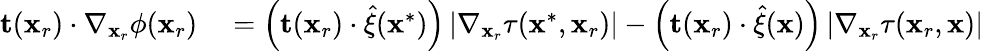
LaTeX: \begin{array}{rl}{\mathbf{t}(\mathbf{x}_{r})\cdot\nabla_{\mathbf{x}_{r}}\phi(\mathbf{x}_{r})}&{{}=\left(\mathbf{t}(\mathbf{x}_{r})\cdot\widehat{\mathbf{\xi}}(\mathbf{x}^{*})\right)\left|\nabla_{\mathbf{x}_{r}}\tau(\mathbf{x}^{*},\mathbf{x}_{r})\right|-\left(\mathbf{t}(\mathbf{x}_{r})\cdot\widehat{\mathbf{\xi}}(\mathbf{x})\right)\left|\nabla_{\mathbf{x}_{r}}\tau(\mathbf{x}_{r},\mathbf{x})\right|}\end{array}